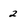
Character: 2